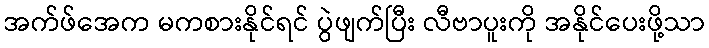
အက်ဖ်အေက မကစားနိုင်ရင် ပွဲဖျက်ပြီး လီဗာပူးကို အနိုင်ပေးဖို့သာ